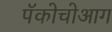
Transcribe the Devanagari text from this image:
पॅकोचोआग